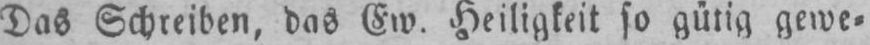
Das Schreiben, das Ew. Heiligkeit so gütig gewe⸗